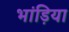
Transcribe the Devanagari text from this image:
भांड़िया